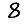
Digit: 8